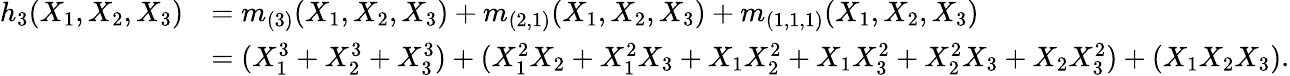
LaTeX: {\begin{array}{rl}{h_{3}(X_{1},X_{2},X_{3})}&{=m_{(3)}(X_{1},X_{2},X_{3})+m_{(2,1)}(X_{1},X_{2},X_{3})+m_{(1,1,1)}(X_{1},X_{2},X_{3})}\\ &{=(X_{1}^{3}+X_{2}^{3}+X_{3}^{3})+(X_{1}^{2}X_{2}+X_{1}^{2}X_{3}+X_{1}X_{2}^{2}+X_{1}X_{3}^{2}+X_{2}^{2}X_{3}+X_{2}X_{3}^{2})+(X_{1}X_{2}X_{3}).}\end{array}}